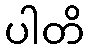
ပါတိ